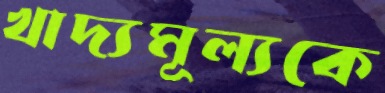
খাদ্যমূল্যকে